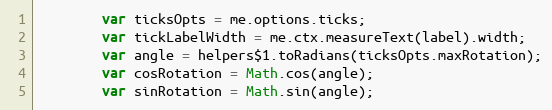
Language: JavaScript
		var ticksOpts = me.options.ticks;
		var tickLabelWidth = me.ctx.measureText(label).width;
		var angle = helpers$1.toRadians(ticksOpts.maxRotation);
		var cosRotation = Math.cos(angle);
		var sinRotation = Math.sin(angle);